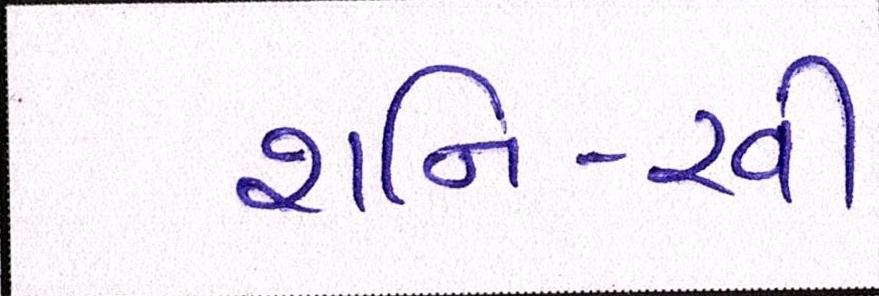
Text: શનિ-રવી